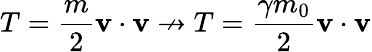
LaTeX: T={\frac{m}{2}}\mathbf{v}\cdot\mathbf{v}\nrightarrow T={\frac{\gamma m_{0}}{2}}\mathbf{v}\cdot\mathbf{v}